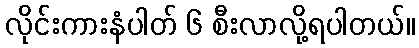
လိုင်းကားနံပါတ် ၆ စီးလာလို့ရပါတယ်။